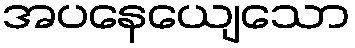
အပနေယျေသော